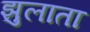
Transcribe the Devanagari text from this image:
झुलाता